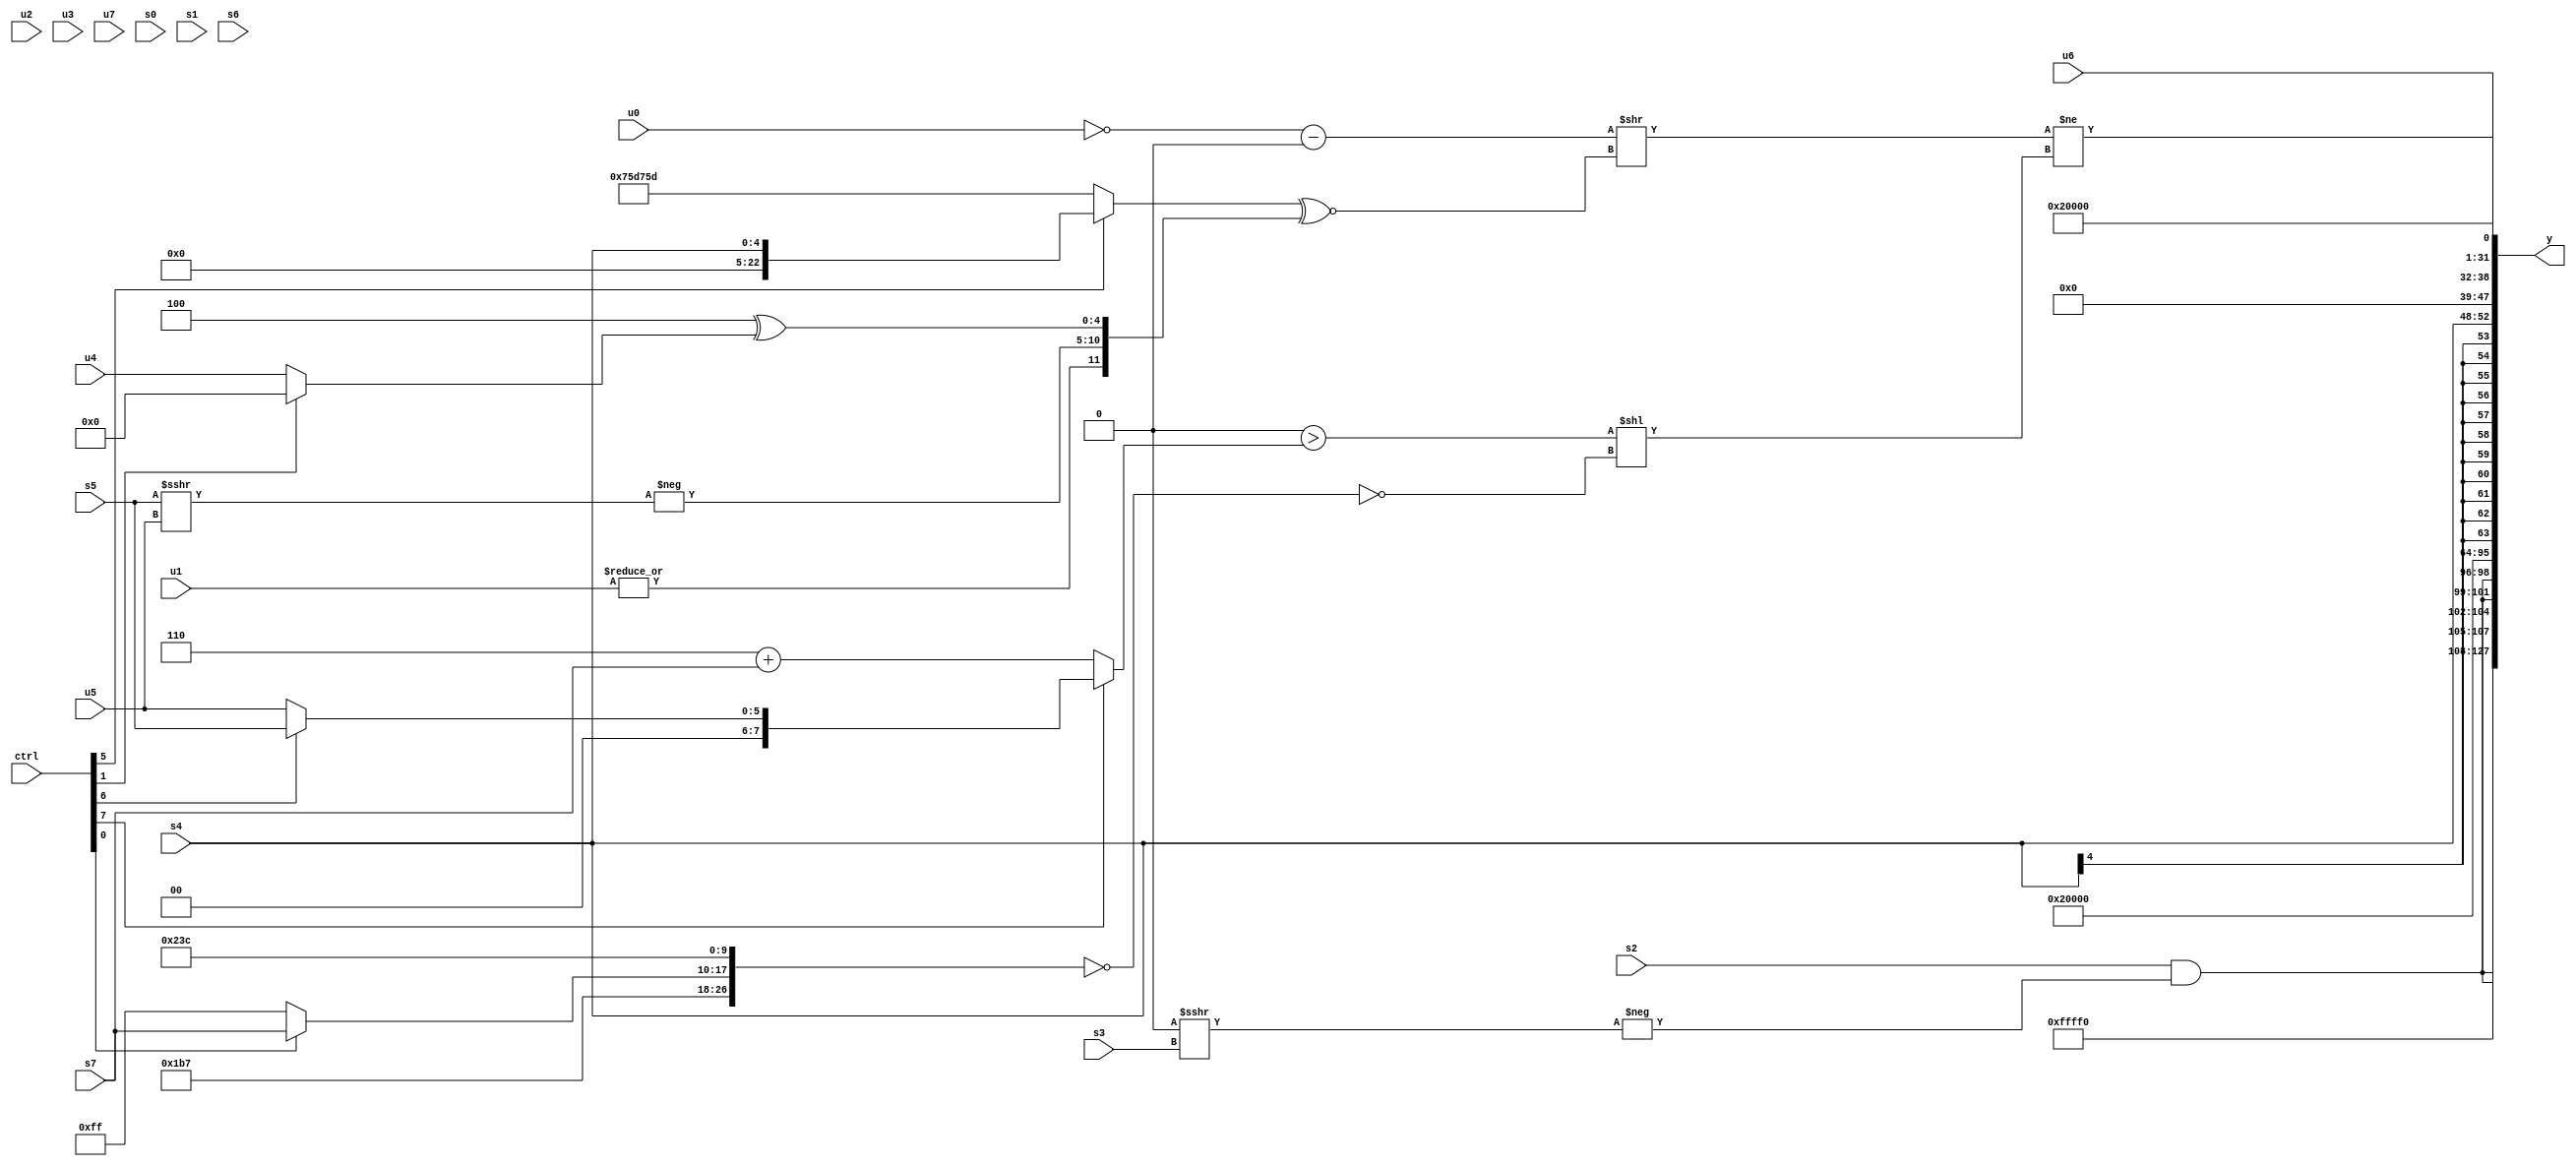
module wideexpr_00068(ctrl, u0, u1, u2, u3, u4, u5, u6, u7, s0, s1, s2, s3, s4, s5, s6, s7, y);
  input [7:0] ctrl;
  input [0:0] u0;
  input [1:0] u1;
  input [2:0] u2;
  input [3:0] u3;
  input [4:0] u4;
  input [5:0] u5;
  input [6:0] u6;
  input [7:0] u7;
  input signed [0:0] s0;
  input signed [1:0] s1;
  input signed [2:0] s2;
  input signed [3:0] s3;
  input signed [4:0] s4;
  input signed [5:0] s5;
  input signed [6:0] s6;
  input signed [7:0] s7;
  output [127:0] y;
  wire [15:0] y0;
  wire [15:0] y1;
  wire [15:0] y2;
  wire [15:0] y3;
  wire [15:0] y4;
  wire [15:0] y5;
  wire [15:0] y6;
  wire [15:0] y7;
  assign y = {y0,y1,y2,y3,y4,y5,y6,y7};
  assign y0 = $signed(((5'sb00100)-(($signed(s1))<<<({3{5'sb11100}})))-(5'sb00101));
  assign y1 = {4{+((s2)&(-((!({1{($signed(4'b1101))<<(^(2'sb01))}}))>>>(s3))))}};
  assign y2 = {2{($signed(({3{(6'sb000101)<<<(6'b010001)}})>>>(2'b00)))+(5'sb00010)}};
  assign y3 = ((((s7)<<<(((ctrl[4]?((ctrl[2]?s6:s7))<(5'sb01100):($unsigned(2'sb01))|(s5)))^~(u3)))<<($signed(((s7)^~($unsigned(3'b011)))^~(({(3'sb100)|(s7),u6,{3{s6}},5'sb00111})^~($unsigned($signed(s7)))))))^(5'sb01100))>>({4{-(3'b001)}});
  assign y4 = s4;
  assign y5 = u6;
  assign y6 = 3'b100;
  assign y7 = (-(($unsigned(+((+(~&(u0)))-(((1'sb1)<<<(2'sb01))>>($signed(4'sb0100))))))>>({1{($signed((ctrl[5]?{s4}:{4{6'sb011101}})))^~({|({1{u1}}),-((s5)>>>(u5)),(4'b0100)^((ctrl[1]?2'sb00:u4))})}})))!=(|(((({($signed(4'sb1000))!=(5'sb01110),$signed(+(4'b0111)),(ctrl[3]?(ctrl[6]?2'sb01:3'sb100):(s7)+(s6)),(|(2'sb01))^((3'b100)==(u4))})==($signed({1{(ctrl[4]?6'sb001101:5'b11110)}})))>($signed((ctrl[7]?(ctrl[6]?s5:+(u5)):(+(3'sb110))+(s7)))))<<(~|(!({4'sb1101,{(5'b00110)^(5'b10001)},{(ctrl[0]?s7:6'sb111111),3'sb100,$unsigned(2'sb01),$signed(5'b11100)}})))));
endmodule